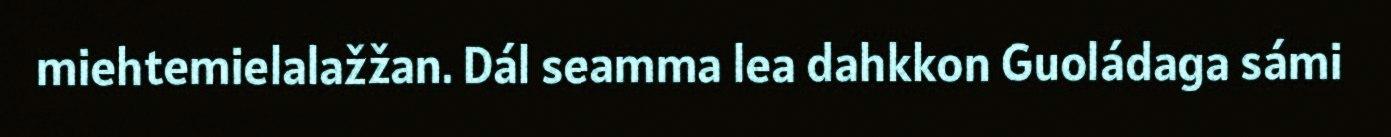
miehtemielalažžan. Dál seamma lea dahkkon Guoládaga sámi